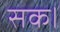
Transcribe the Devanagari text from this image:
सक।